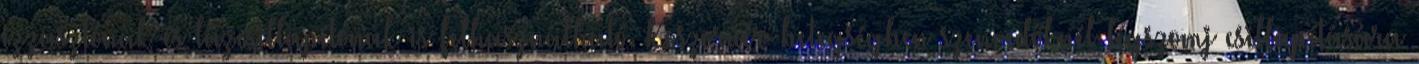
izzasztónak és lázcsillapítónak is felhasználható. Koszorúér-betegségben szenvedőknél légszomj csillapítására